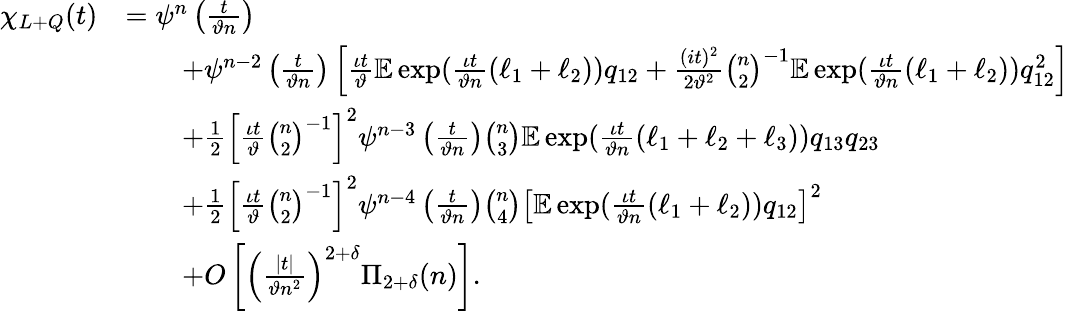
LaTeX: \begin{array}{rl}{\chi_{L+Q}(t)}&{=\psi^{n}\left(\frac{t}{\vartheta n}\right)}\\ &{\qquad+\psi^{n-2}\left(\frac{t}{\vartheta n}\right)\left[\frac{\iota t}{\vartheta}\mathbb{E}\exp(\frac{\iota t}{\vartheta n}(\ell_{1}+\ell_{2}))q_{12}+\frac{(it)^{2}}{2\vartheta^{2}}\binom{n}{2}^{-1}\mathbb{E}\exp(\frac{\iota t}{\vartheta n}(\ell_{1}+\ell_{2}))q_{12}^{2}\right]}\\ &{\qquad+\frac{1}{2}\left[\frac{\iota t}{\vartheta}\binom{n}{2}^{-1}\right]^{2}\psi^{n-3}\left(\frac{t}{\vartheta n}\right)\binom{n}{3}\mathbb{E}\exp(\frac{\iota t}{\vartheta n}(\ell_{1}+\ell_{2}+\ell_{3}))q_{13}q_{23}}\\ &{\qquad+\frac{1}{2}\left[\frac{\iota t}{\vartheta}\binom{n}{2}^{-1}\right]^{2}\psi^{n-4}\left(\frac{t}{\vartheta n}\right)\binom{n}{4}\left[\mathbb{E}\exp(\frac{\iota t}{\vartheta n}(\ell_{1}+\ell_{2}))q_{12}\right]^{2}}\\ &{\qquad+O\left[\left(\frac{|t|}{\vartheta n^{2}}\right)^{2+\delta}\Pi_{2+\delta}(n)\right].}\end{array}